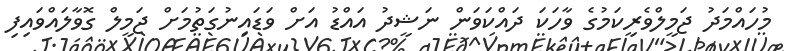
މުހައްމަދު ޖަމީލްވެރިކަމުގެ ވާހަކަ ދައްކަވަން ނަޝީދު އައްޑު އަށް ވަޑައިނުގަތުމަށް ޖަމީލް ގޮވާލައްވައިފި